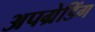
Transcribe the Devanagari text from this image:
अपग्रेडिंग